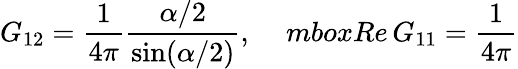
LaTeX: G_{12}=\frac{1}{4\pi}\frac{\alpha/2}{\sin(\alpha/2)},\ \ \ \ \, mbox{Re}\, G_{11}=\frac{1}{4\pi}